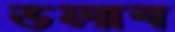
ডলাব